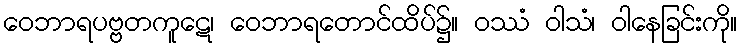
ဝေဘာရပဗ္ဗတကူဋေ၊ ဝေဘာရတောင်ထိပ်၌။ ဝဿံ ဝါသံ၊ ဝါနေခြင်းကို။